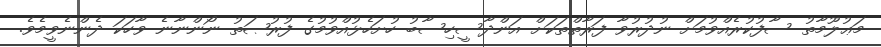
މަޢުލޫމާތު ސާފުކުރެއްވުމަށް ނުދުރުވާ ފަރާތްތަކަށް އަންދާސީހިސާބު ހުށަހެޅުއްވުމުގެ ފުރުޞަތު ނޯންނާނެ ވާހަކަ ދެންނެވީމެވެ.